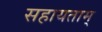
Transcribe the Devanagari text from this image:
सहायताम्